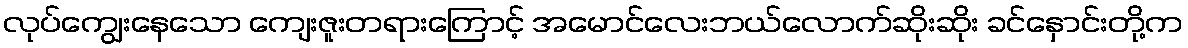
လုပ်ကျွေးနေသော ကျေးဇူးတရားကြောင့် အမောင်လေးဘယ်လောက်ဆိုးဆိုး ခင်နှောင်းတို့က